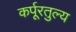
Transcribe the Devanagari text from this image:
कर्पूरतुल्य